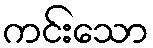
ကင်းသော